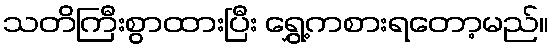
သတိကြီးစွာထားပြီး ရွှေ့ကစားရတော့မည်။